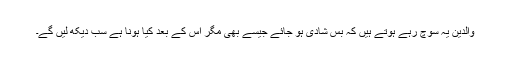
والدین یہ سوچ رہے ہوتے ہیں کہ بس شادی ہو جائے جیسے بھی مگر اس کے بعد کیا ہونا ہے سب دیکھ لیں گے۔